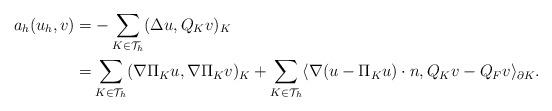
LaTeX: \begin{align*}a_h(u_h, v)= &-\sum_{K\in \mathcal{T}_h} (\Delta u, Q_K v)_K\\= & \sum_{K\in \mathcal{T}_h}(\nabla \Pi_K u, \nabla \Pi_K v)_K + \sum_{K\in \mathcal{T}_h} \langle \nabla( u - \Pi_K u)\cdot n, Q_K v - Q_F v \rangle_{\partial K}.\end{align*}